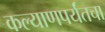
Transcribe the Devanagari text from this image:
कल्याणपर्यंतचा